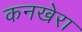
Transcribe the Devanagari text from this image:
कनखेरा